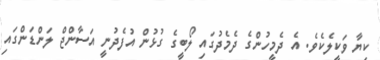
ކިޔާ ވަކީލެކެވެ. އެ ދެމީހުންގެ ދެމެދުގައި ލޯބީގެ ގުޅުން އުފެދުނީ އަސާންޖް ލަންޑަންގައި